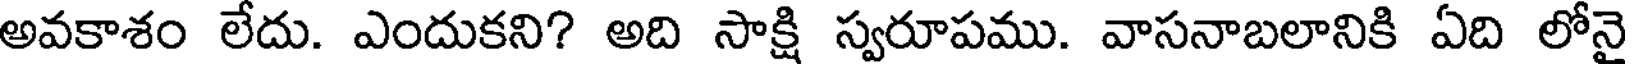
అవకాశం లేదు. ఎందుకని? అది సాక్షి స్వరూపము. వాసనాబలానికి ఏది లోనై